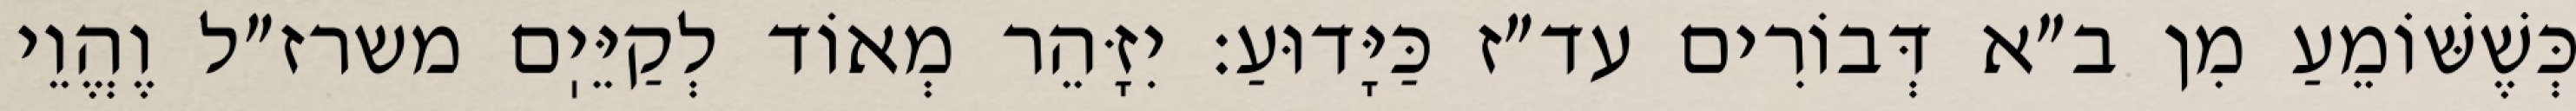
כְּשֶׁשּׁוֹמֵעַ מִן ב״א דְּבוֹרִים עד״ז כַּיָּדוּעַ: יִזָּהֵר מְאוֹד לְקַיֵּיֽם משרז״ל וֶהֱוֵי